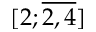
[ 2 ; { \overline { { 2 , 4 } } } ]